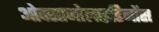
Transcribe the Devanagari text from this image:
ओक्साजोलाइडिनोंस